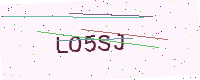
Text: LO5SJ